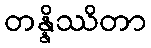
တန္နိဿိတာ